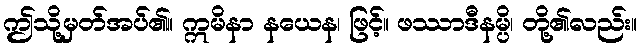
ဤသို့မှတ်အပ်၏။ ဣမိနာ နယေန၊ ဖြင့်။ ဖဿာဒီနမ္ပိ၊ တို့၏လည်း။